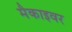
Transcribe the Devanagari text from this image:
मैकाइवर